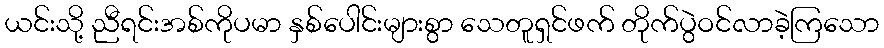
ယင်းသို့ ညီရင်းအစ်ကိုပမာ နှစ်ပေါင်းများစွာ သေတူရှင်ဖက် တိုက်ပွဲဝင်လာခဲ့ကြသော